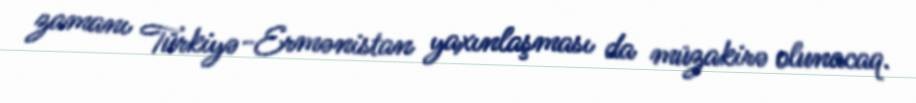
zamanı Türkiyə-Ermənistan yaxınlaşması da müzakirə olunacaq.